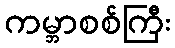
ကမ္ဘာစစ်ကြီး